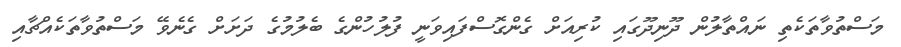
މަސްތުވާތަކެތި ނައްތާލުން ދޫނިދޫގައި ކުރިއަށް ގެންގޮސްފައިވަނީ ފުލުހުންގެ ބެލުމުގެ ދަށަށް ގެނެވޭ މަސްތުވާތަކެއްޗާއި